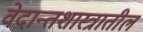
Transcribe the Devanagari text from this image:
वेदान्तशास्त्रातील